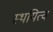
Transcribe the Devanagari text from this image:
स्थयित्व